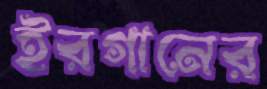
ইরগানের